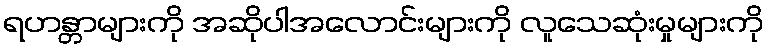
ရဟန္တာများကို အဆိုပါအလောင်းများကို လူသေဆုံးမှုများကို